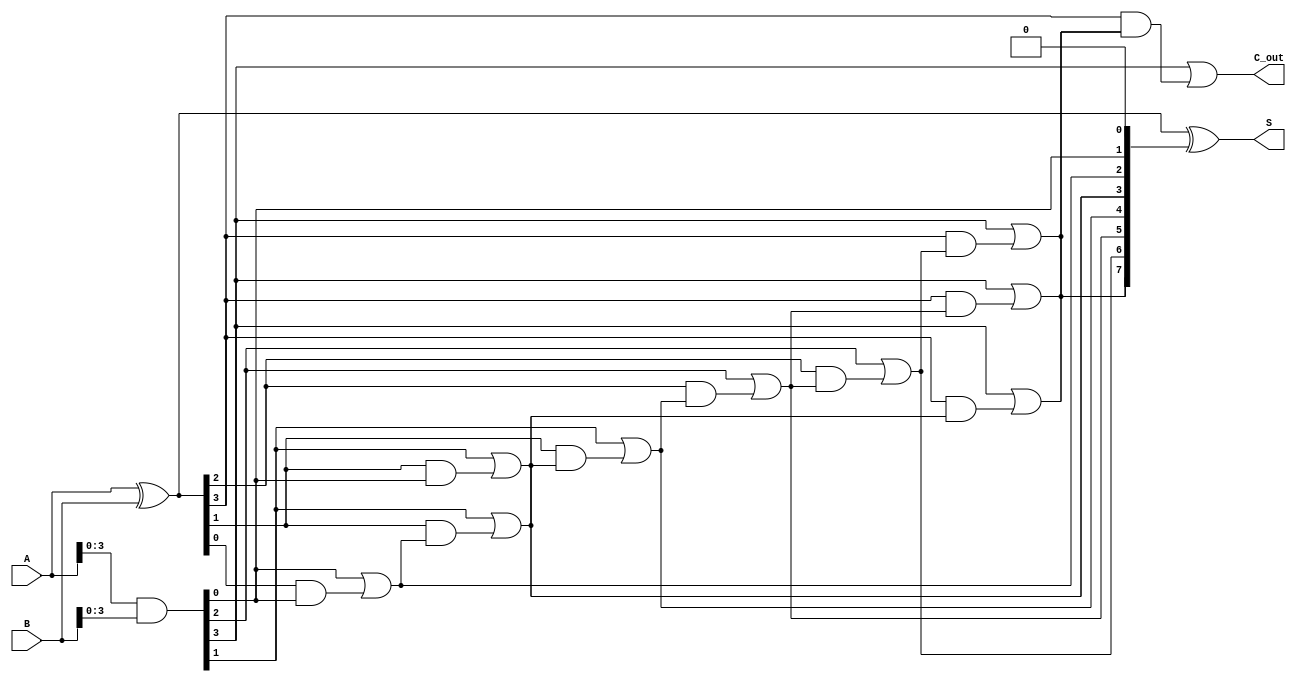
module brent_kung_adder #(parameter n = 8) (
    input  [n-1:0] A,     // First input
    input  [n-1:0] B,     // Second input
    output [n-1:0] S,     // Sum output
    output        C_out    // Carry out
);

    // Generate and Propagate signals
    wire [n-1:0] G; // Generate signals
    wire [n-1:0] P; // Propagate signals
    wire [n:0] C;   // Carry signals

    assign G = A & B;          // Generate
    assign P = A ^ B;          // Propagate
    assign C[0] = 1'b0;        // Initial carry-in is 0

    // Carry generation using Brent-Kung prefix network
    genvar i, j;
    
    // Stage 1
    generate
        for (i = 0; i < n/2; i = i + 1) begin : stage1
            assign C[2*i + 1] = G[i] | (P[i] & C[2*i]);
            assign C[2*i + 2] = G[i] | (P[i] & C[2*i + 1]);
        end
    endgenerate

    // Stage 2
    generate
        for (j = 0; j < n/4; j = j + 1) begin : stage2
            assign C[4*j + 3] = G[2*j + 1] | (P[2*j + 1] & C[4*j + 1]);
            assign C[4*j + 4] = G[2*j + 1] | (P[2*j + 1] & C[4*j + 3]);
        end
    endgenerate

    // Stage 3
    generate
        for (j = 0; j < n/8; j = j + 1) begin : stage3
            assign C[8*j + 7] = G[4*j + 3] | (P[4*j + 3] & C[8*j + 3]);
            assign C[8*j + 8] = G[4*j + 3] | (P[4*j + 3] & C[8*j + 7]);
        end
    endgenerate

    // Final carry-out
    assign C_out = C[n];

    // Sum calculation
    assign S = P ^ C[n-1:0]; // Sum bits

endmodule